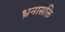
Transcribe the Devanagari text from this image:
भ्रनासक्ति